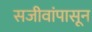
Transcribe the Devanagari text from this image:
सजीवांपासून